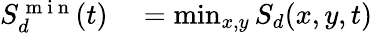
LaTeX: \begin{array}{rl}{S_{d}^{\mathrm{~m~i~n~}}(t)}&{{}=\operatorname*{min}_{x,y}S_{d}(x,y,t)}\end{array}